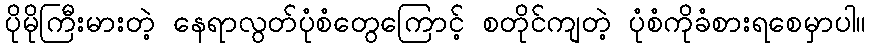
ပိုမိုကြီးမားတဲ့ နေရာလွတ်ပုံစံတွေကြောင့် စတိုင်ကျတဲ့ ပုံစံကိုခံစားရစေမှာပါ။